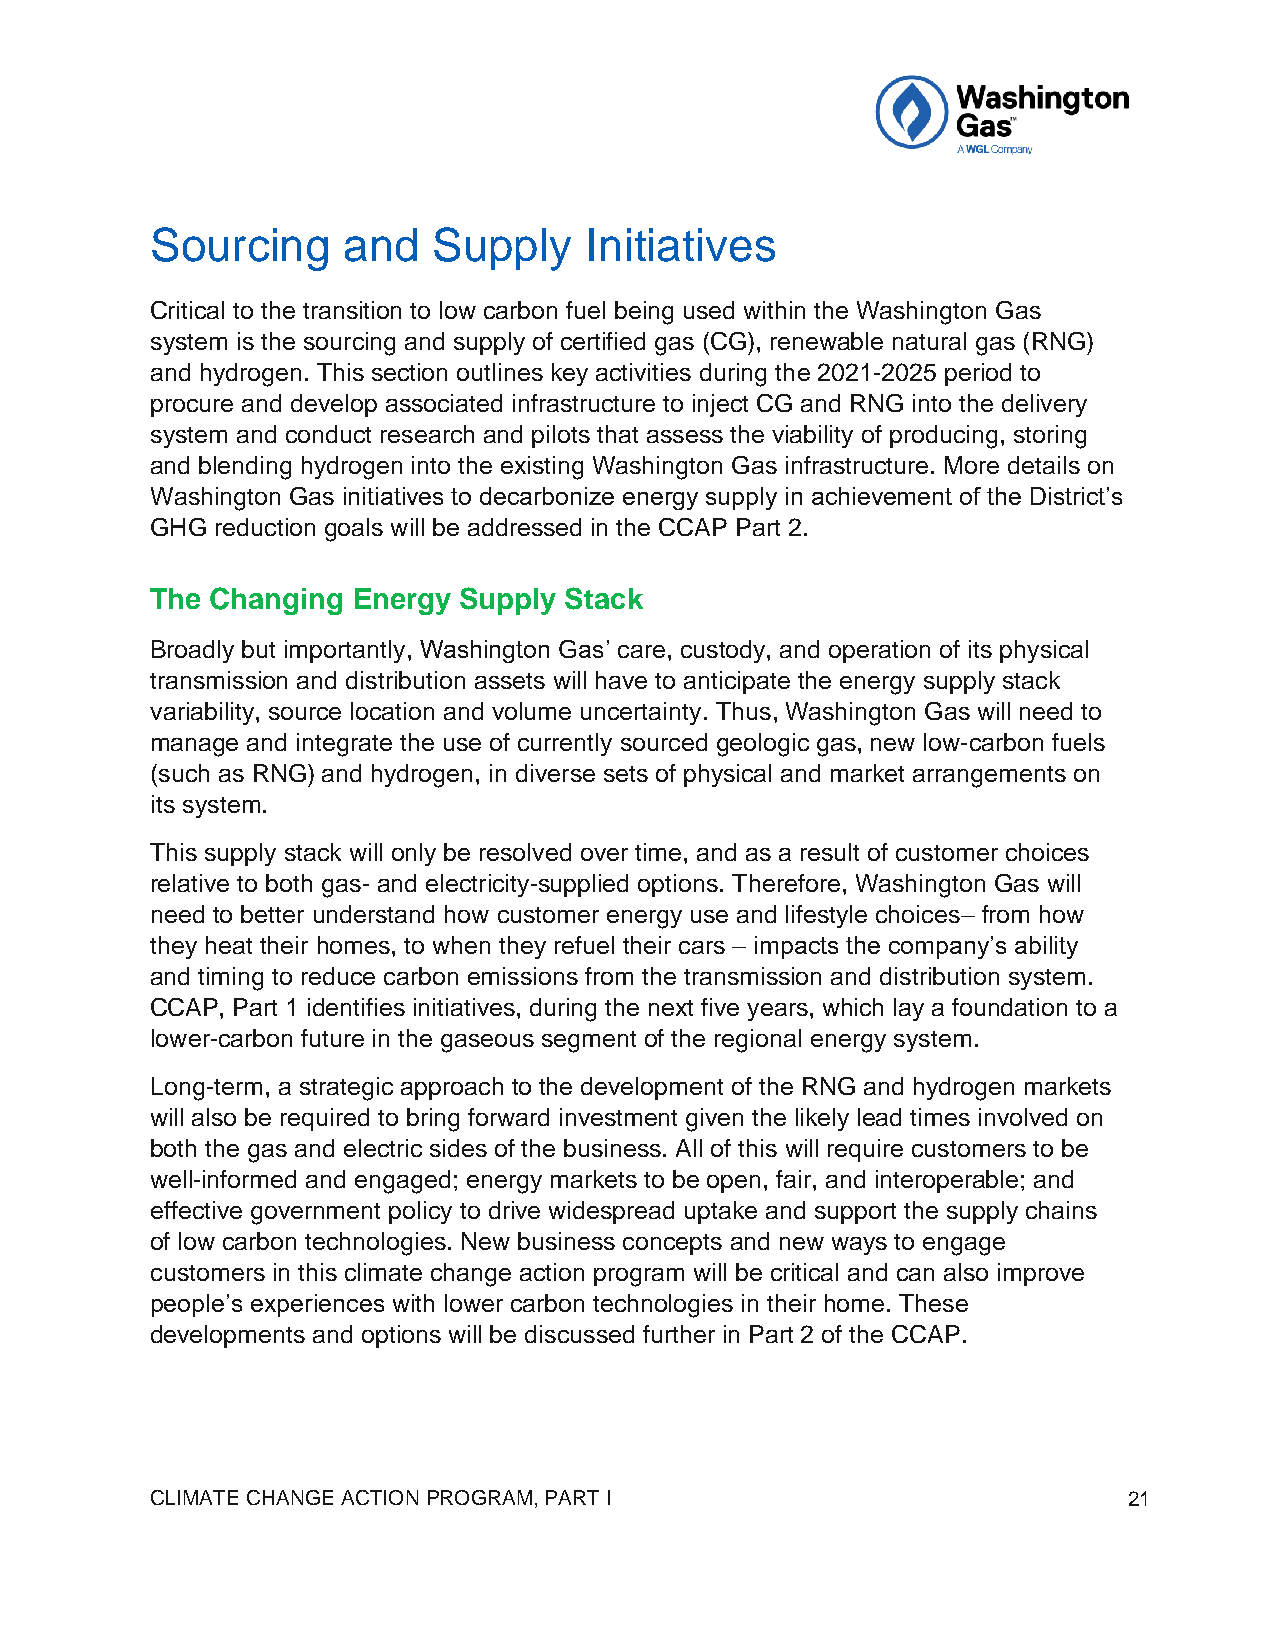
Sourcing     and   Supply    Initiatives
 Critical to the transition to low carbon fuel being used within the Washington Gas
 system is the sourcing and supply of certified gas (CG), renewable natural gas (RNG)
 and hydrogen. This section outlines key activities during the 2021-2025 period to
 procure and develop associated infrastructure to inject CG and RNG into the delivery
 system and conduct research and pilots that assess the viability of producing, storing
 and blending hydrogen into the existing Washington Gas infrastructure. More details on
 Washington Gas initiatives to decarbonize energy supply in achievement of the District’s
 GHG reduction goals will be addressed in the CCAP Part 2.
 The Changing Energy Supply Stack
 Broadly but importantly, Washington Gas’ care, custody, and operation of its physical
 transmission and distribution assets will have to anticipate the energy supply stack
 variability, source location and volume uncertainty. Thus, Washington Gas will need to
 manage and integrate the use of currently sourced geologic gas, new low-carbon fuels
 (such as RNG) and hydrogen, in diverse sets of physical and market arrangements on
 its system.
 This supply stack will only be resolved over time, and as a result of customer choices
 relative to both gas- and electricity-supplied options. Therefore, Washington Gas will
 need to better understand how customer energy use and lifestyle choices– from how
 they heat their homes, to when they refuel their cars – impacts the company’s ability
 and timing to reduce carbon emissions from the transmission and distribution system.
 CCAP, Part 1 identifies initiatives, during the next five years, which lay a foundation to a
 lower-carbon future in the gaseous segment of the regional energy system.
 Long-term, a strategic approach to the development of the RNG and hydrogen markets
 will also be required to bring forward investment given the likely lead times involved on
 both the gas and electric sides of the business. All of this will require customers to be
 well-informed and engaged; energy markets to be open, fair, and interoperable; and
 effective government policy to drive widespread uptake and support the supply chains
 of low carbon technologies. New business concepts and new ways to engage
 customers in this climate change action program will be critical and can also improve
 people’s experiences with lower carbon technologies in their home. These
 developments and options will be discussed further in Part 2 of the CCAP.
 CLIMATE CHANGE ACTION PROGRAM, PART I                            21